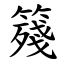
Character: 䉔